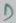
Text: D